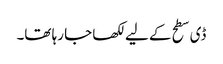
ڈی سطح کے لیے لکھا جا رہا تھا۔